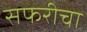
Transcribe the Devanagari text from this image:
सफरीचा